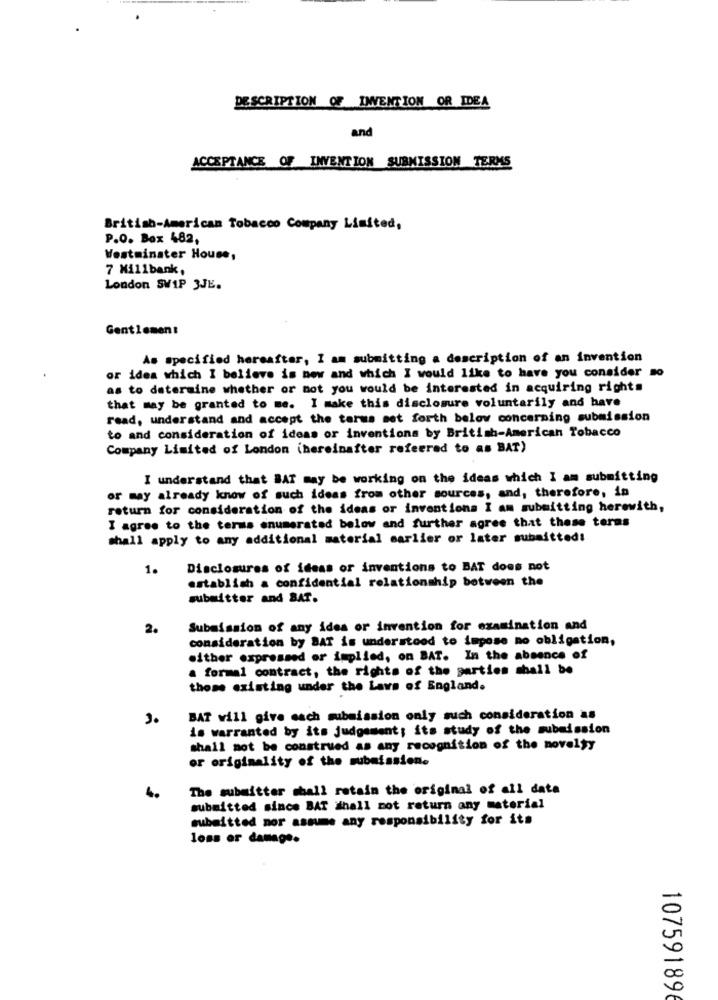
DESCRIPTION OF INVENTION OR IDEA
and
ACCEPTANCE OF INVENTION SUBMISSION TERMS
British-American Tobacco Company Limited,
P.O. Box 482,
Westminster House,
7 Millbank,
London SW1P 3JE.
Gentlemen:
As specified hereafter, I am submitting a description of an invention
or idea which I believe is new and which I would like to have you consider so
as to determine whether or not you would be interested in acquiring rights
that may be granted to me. I make this disclosure voluntarily and have
read, understand and accept the terms set forth below concerning submission
to and consideration of ideas or inventions by British-American Tobacco
Company Limited of London (hereinafter referred to as BAT)
I understand that BAT may be working on the ideas which I am submitting
or may already know of such ideas from other sources, and, therefore, in
return for consideration of the ideas or inventions I am submitting herewith,
I agree to the terms enumerated below and further agree that these terms
shall apply to any additional material earlier or later submitted!
1.
Disclosures of ideas or inventions to BAT does not
establish a confidential relationship between the
submitter and BAT.
2.
Submission of any idea or invention for examination and
consideration by BAT is understood to impose no obligation,
either expressed or implied, on BAT. In the absence of
a formal contract, the rights of the parties shall be
those existing under the Laws of England.
3.
BAT will give each submission only such consideration as
is warranted by its judgement; its study of the submission
shall not be construed as any recognition of the novelty
or originality of the submission.
The submitter shall retain the original of all data
4.
submitted since BAT shall not return any material
submitted mor asmme any responsibility for its
loss or damage.
10759189